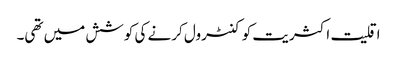
اقلیت اکثریت کو کنٹرول کرنے کی کوشش میں تھی۔